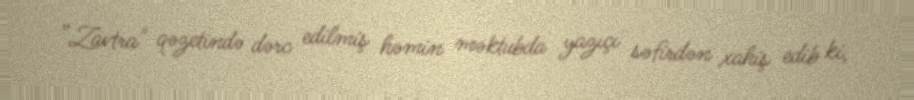
”Zavtra" qəzetində dərc edilmiş həmin məktubda yazıçı səfirdən xahiş edib ki,